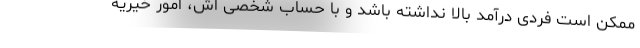
ممکن است فردی درآمد بالا نداشته باشد و با حساب شخصی اش، امور خیریه